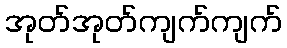
အုတ်အုတ်ကျက်ကျက်